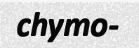
chymo-